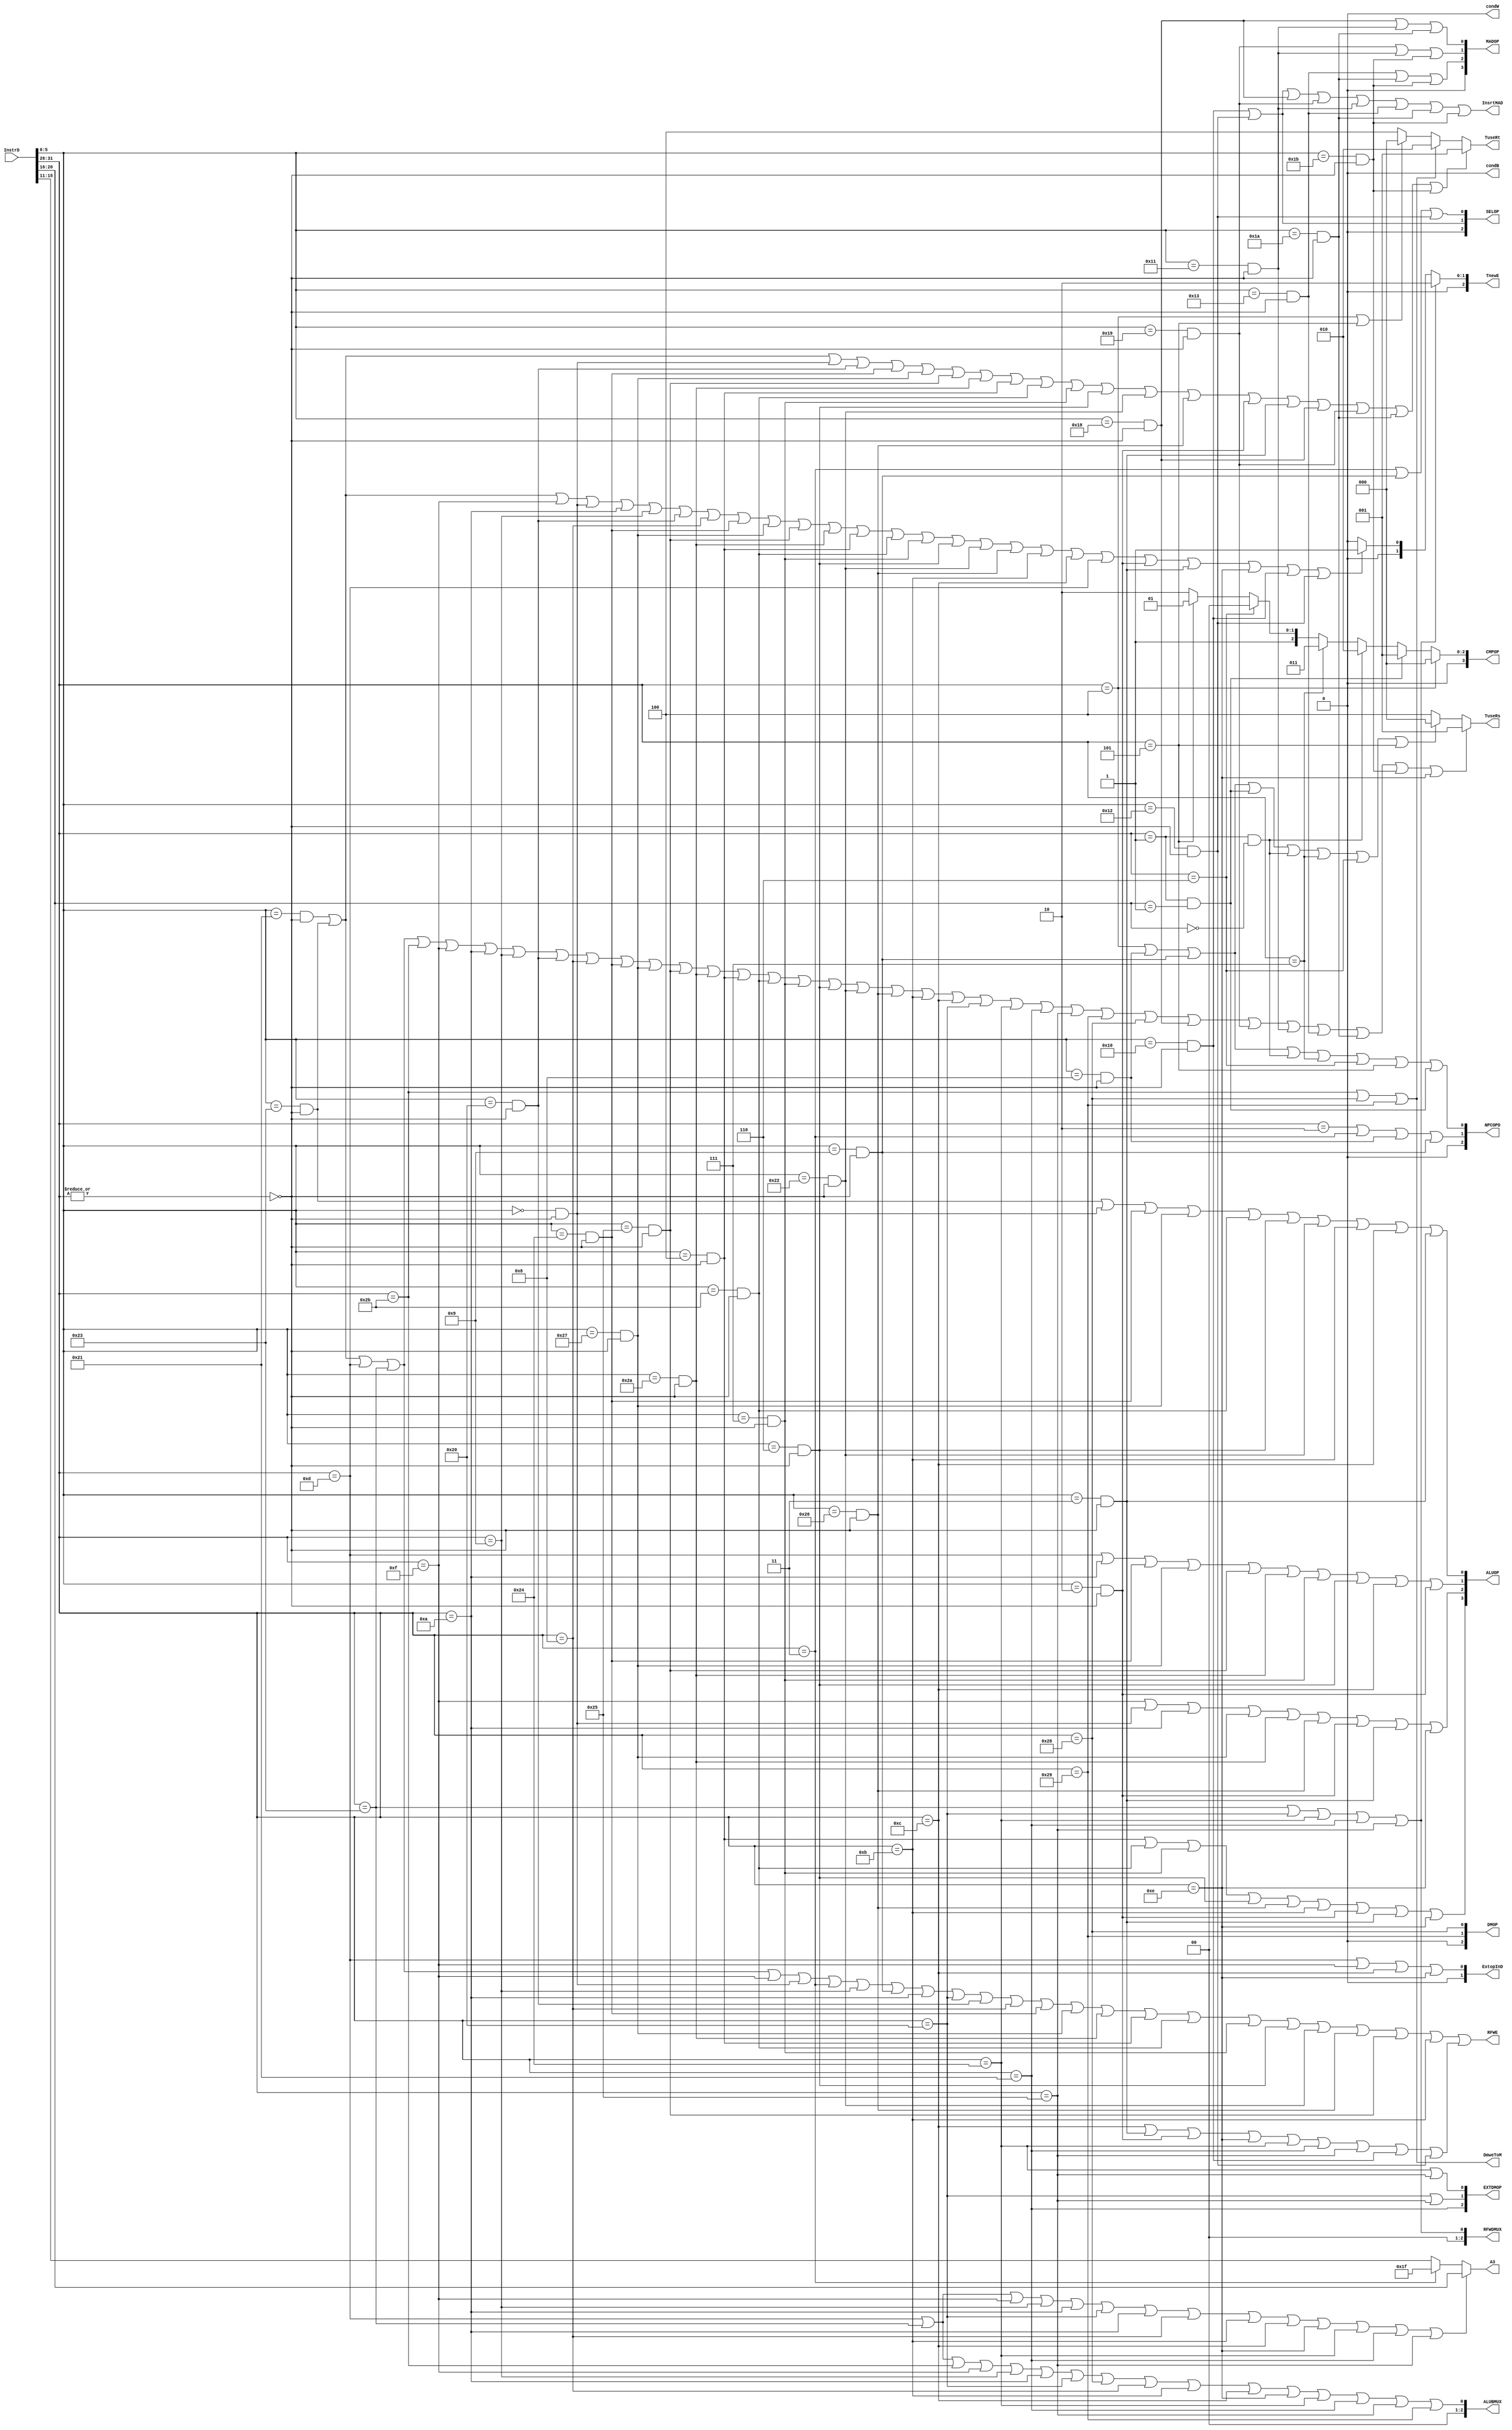
`timescale 1ns / 1ps
`define ADDU 6'b100001
`define SUBU 6'b100011
`define ORI 6'b001101
`define LW 6'b100011
`define SW 6'b101011
`define BEQ 6'b000100
`define LUI 6'b001111
`define SLL 6'b000000
`define J 6'b000010
`define JAL 6'b000011
`define JR 6'b001000
`define ADDIU 6'b001001
`define BGEZ 6'b000001
`define JALR 6'b001001
`define SLTI 6'b001010
`define LB 6'b100000
`define SB 6'b101000
`define ADD 6'b100000
`define ADDI 6'b001000
`define BLTZ 6'b000001
`define BGTZ 6'b000111
`define BLEZ 6'b000110
`define BNE 6'b000101
`define AND 6'b100100
`define NOR 6'b100111
`define OR 6'b100101
`define SLT 6'b101010
`define SLLV 6'b000100
`define SLTU 6'b101011
`define SRAV 6'b000111
`define SRLV 6'b000110
`define SUB 6'b100010
`define XOR 6'b100110
`define SLTIU 6'b001011 
`define ANDI 6'b001100
`define SRL 6'b000010
`define SRA 6'b000011
`define XORI 6'b001110
`define LBU 6'b100100
`define LH 6'b100001
`define LHU 6'b100101
`define SH 6'b101001
`define MFHI 6'b010000
`define MFLO 6'b010010
`define MULT 6'b011000
`define MULTU 6'b011001
`define MTHI 6'b010001
`define MTLO 6'b010011
`define DIV 6'b011010
`define DIVU 6'b011011




module CTRL(
    input [31:0] InstrD,
    output [2:0] NPCOPD,
    output RFWE,
    output [1:0] ExtopInD,
    output DmweToM,
    output [2:0] RFWDMUX,
    output [2:0] ALUBMUX,
	output [3:0] ALUOP,
    output [2:0] DMOP,
    output reg [4:0] A3,
    output [2:0] TuseRs,
    output [2:0] TuseRt,
    output [2:0] TnewE,
    output [3:0] CMPOP,
    output [2:0] EXTDMOP,
    output [2:0] SELOP,
    output [3:0] MADOP, 
    output InsrtMAD,  
    output condB,
    output condW     
    );


    wire RFWETEMP;

    wire R,ADDU,SUBU,ORI,LW,SW,BEQ,LUI,SLL,J,JAL,JR,ADDIU,BGEZ,JALR;
    wire SLTI,LB,SB,ADD,ADDI,BLTZ,BGTZ,BLEZ,BNE,AND,NOR,OR,SLT,SLLV;
    wire SLTU,SRAV,SRLV,SUB,XOR,SLTIU,ANDI,SRL,SRA,XORI,LBU,LH,LHU;
    wire SH,MFHI,MFLO,MULT,MULTU,MTHI,MTLO,DIV,DIVU;
    wire [5:0] OPCODE,FUNC;
    assign OPCODE = InstrD[31:26];
    assign FUNC = InstrD[5:0];
    assign R = ~(|OPCODE);
    assign ADDU = (FUNC==`ADDU)&R;
    assign SUBU = (FUNC==`SUBU)&R;
    assign ORI = OPCODE==`ORI;
    assign LW = OPCODE==`LW;
    assign SW = OPCODE==`SW;
    assign BEQ = OPCODE==`BEQ;
    assign LUI = OPCODE==`LUI;
    assign SLL = (FUNC==`SLL)&R;
    assign J = OPCODE==`J;
    assign JAL = OPCODE==`JAL;
    assign JR = (FUNC==`JR)&R;
    assign ADDIU = OPCODE==`ADDIU;
    assign BGEZ = (OPCODE==`BGEZ)&&(InstrD[20:16]==1);
    assign JALR = (FUNC==`JALR)&R;
    assign SLTI = (OPCODE==`SLTI);
    assign LB = OPCODE==`LB;
    assign SB = OPCODE==`SB;
    assign ADD = (FUNC==`ADD)&R;
    assign ADDI = OPCODE==`ADDI;
    assign BLTZ = (OPCODE==`BLTZ)&&(InstrD[20:16]==0);
    assign BGTZ = OPCODE==`BGTZ;
    assign BLEZ = OPCODE==`BLEZ;
    assign BNE = OPCODE==`BNE;
    assign AND = (FUNC==`AND)&R;
    assign NOR = (FUNC==`NOR)&R;
    assign OR = (FUNC==`OR)&R;
    assign SLT = (FUNC==`SLT)&R;
    assign SLLV = (FUNC==`SLLV)&R;
    assign SLTU = (FUNC==`SLTU)&R;
    assign SRAV = (FUNC==`SRAV)&R;
    assign SRLV = (FUNC==`SRLV)&R;
    assign SUB = (FUNC==`SUB)&R;
    assign XOR = (FUNC==`XOR)&R;
    assign SLTIU = OPCODE==`SLTIU;
    assign ANDI = OPCODE==`ANDI;
    assign SRL = (FUNC==`SRL)&R;
    assign SRA = (FUNC==`SRA)&R;
    assign XORI = OPCODE==`XORI;
    assign LBU = OPCODE==`LBU;
    assign LH = OPCODE==`LH;
    assign LHU = OPCODE ==`LHU;
    assign SH = OPCODE==`SH;
    assign MFHI = (FUNC==`MFHI)&R;
    assign MFLO = (FUNC==`MFLO)&R;
    assign MULT = (FUNC==`MULT)&R;
    assign MULTU = (FUNC==`MULTU)&R;
    assign MTHI = (FUNC==`MTHI)&R;
    assign MTLO = (FUNC==`MTLO)&R;
    assign DIV = (FUNC==`DIV)&R;
    assign DIVU = (FUNC==`DIVU)&R;


    //A3
    always @(*) begin
        if (ORI|LW|LUI|ADDIU|SLTI|LB|SLTI|ADDI|SLTIU|ANDI|XORI|LBU|LH|LHU) begin
            A3 = InstrD[20:16];
        end
        else if (JAL) begin
            A3 = 31;
        end
        else begin
            A3 = InstrD[15:11];
        end
    end

    //NPCOPD
    assign NPCOPD[2] = 0;
    assign NPCOPD[1] = 0|J|JAL|JR|JALR;
    assign NPCOPD[0] = 0|BEQ|JR|JALR|BLTZ|BGTZ|BLEZ|BNE|BGEZ;

    //RFWE
    assign RFWE = 0|ADDU|SUBU|ORI|LW|LUI|SLL|JAL|ADDIU|JALR|SLTI|LB|ADD|ADDI|AND|NOR|SLT|SLLV|SLTU|SRAV|SRLV|SUB|XOR|OR|SLTIU|RFWETEMP;
    assign RFWETEMP = 0|ANDI|SRA|SRL|XORI|LBU|LH|LHU|MFHI|MFLO;


    //ExtopInD
    assign ExtopInD[1] = 0;
    assign ExtopInD[0] = 0|ORI|LUI|ANDI|XORI;

    //DmweToM
    assign DmweToM = 0|SW|SB|SH;

    //RFWDMUX
    assign RFWDMUX[2] = 0;
    assign RFWDMUX[1] = 0;
    assign RFWDMUX[0] = 0|LW|LB|LBU|LH|LHU;

    //ALUBMUX
    assign ALUBMUX[2] = 0;
    assign ALUBMUX[1] = 0;
    assign ALUBMUX[0] = 0|ORI|LW|SW|LUI|ADDIU|SLTI|LB|SB|ADDI|SLTIU|ANDI|XORI|LBU|LH|LHU|SH;
	 
	 //ALUOP
	assign ALUOP[3] = 0|SLLV|SLTU|SRAV|SRLV|XOR|SLTIU|SRL|SRA|XORI;
	assign ALUOP[2] = 0|LUI|SLL|SLTI|NOR|SLT|XOR|SRL|SRA|XORI;
	assign ALUOP[1] = 0|ORI|SLTI|AND|NOR|OR|SLT|SRAV|SRLV|ANDI|SRL;
	assign ALUOP[0] = 0|SUBU|SLL|AND|NOR|SLTU|SRLV|SUB|SLTIU|ANDI|SRA;

     //DMOP
     assign DMOP[2] = 0;
     assign DMOP[1] = 0|SH;
     assign DMOP[0] = 0|SB;

    //CMPOP
    assign CMPOP= (BEQ)?0:
                  (BGEZ)?1:
                  (BLTZ)?2:
                  (BGTZ)?3:
                  (BLEZ)?4:
                  (BNE)?5:6;
    
    //EXTDMOP
    assign EXTDMOP[2] = 0|LH;
    assign EXTDMOP[1] = 0|LB|LHU;
    assign EXTDMOP[0] = 0|LBU|LHU;


    //SELOP
    assign SELOP[2] = 0;
    assign SELOP[1] = 0|MFHI|MFLO;
    assign SELOP[0] = 0|JAL|JALR|MFLO;

    //MADOP
    assign MADOP[3] = 0;
    assign MADOP[2] = 0|MTLO|DIV|DIVU;
    assign MADOP[1] = 0|MULTU|MTHI|DIVU;
    assign MADOP[0] = 0|MULT|MTHI|DIV;


    //condB
    assign condB = 0;


    //condW
    assign condW = 0;

    //InsrtMAD
    assign InsrtMAD = 0|MFHI|MFLO|MULT|MULTU|MTHI|MTLO|DIV|DIVU;


    //T
    assign TuseRs = (ADDU|SUBU|ORI|LW|SW|LUI|SLTI|ADDIU|ADD|ADDI|AND|NOR|OR|SLT|SLLV|SLTU|SRAV|SRLV|SUB|XOR|SLTIU|ANDI|LB|LBU|LH|LHU|SH|SB|MULT|MULTU|MTHI|MTLO|DIV|DIVU|XORI)?1:
                    (BEQ|JR|JALR|BGEZ|BLTZ|BGTZ|BLEZ|BNE)?0:4;
    
    assign TuseRt = (ADDU|SUBU|SLL|ADD|AND|NOR|OR|SLT|SLLV|SLTU|SRAV|SRLV|SUB|XOR|SRL|SRA|MULT|MULTU|DIV|DIVU)?1:
                    (SW|SB|SH)?2:
                    (BEQ|BNE)?0:4;

    assign TnewE = (LW|LB|LBU|LH|LHU)?2:
                   (ADDU|SUBU|LUI|SLL|SLTI|ADDIU|ADD|ADDI|AND|NOR|OR|SLT|SLLV|SLTU|SRAV|SRLV|SUB|XOR|SLTIU|ANDI|ORI|SRL|SRA|XORI|MFHI|MFLO)?1:0;

endmodule